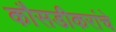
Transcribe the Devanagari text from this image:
कौसडीकरांचे